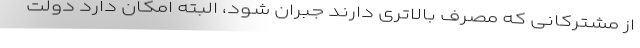
از مشترکانی که مصرف بالاتری دارند جبران شود، البته امکان دارد دولت